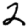
Digit: 2